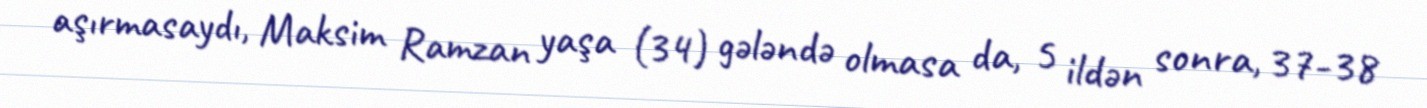
aşırmasaydı, Maksim Ramzan yaşa (34) gələndə olmasa da, 5 ildən sonra, 37-38